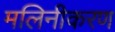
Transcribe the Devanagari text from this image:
मलिनीकरण